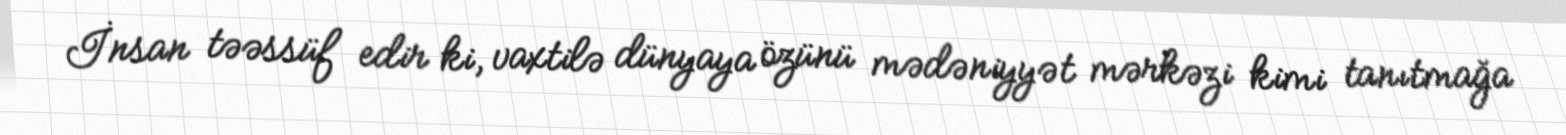
İnsan təəssüf edir ki, vaxtilə dünyaya özünü mədəniyyət mərkəzi kimi tanıtmağa